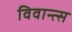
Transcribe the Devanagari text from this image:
विवान्त्स